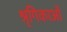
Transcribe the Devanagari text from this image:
श्रृगिकाओं